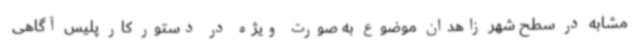
مشابه در سطح شهر زاهدان موضوع به صورت ویژه در دستور کار پلیس آگاهی